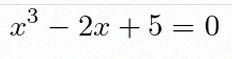
x^3-2x+5=0